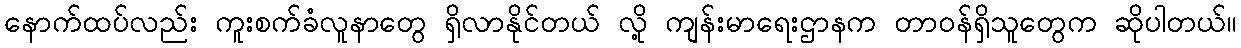
နောက်ထပ်လည်း ကူးစက်ခံလူနာတွေ ရှိလာနိုင်တယ် လို့ ကျန်းမာရေးဌာနက တာဝန်ရှိသူတွေက ဆိုပါတယ်။